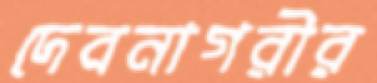
দেবনাগরীর